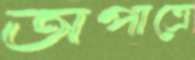
অপাত্রে